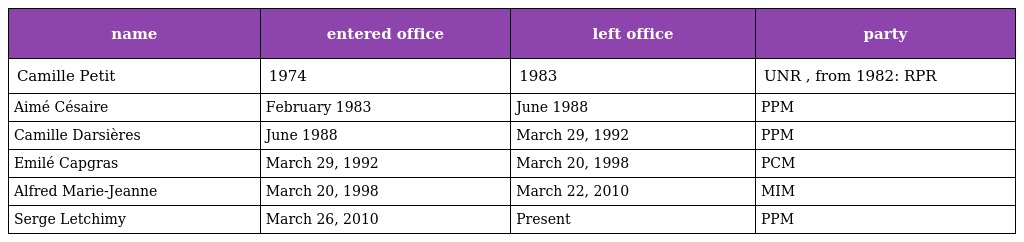
| name | entered office | left office | party |
 | --- | --- | --- | --- |
 | Camille Petit | 1974 | 1983 | UNR , from 1982: RPR |
 | Aimé Césaire | February 1983 | June 1988 | PPM |
 | Camille Darsières | June 1988 | March 29, 1992 | PPM |
 | Emilé Capgras | March 29, 1992 | March 20, 1998 | PCM |
 | Alfred Marie-Jeanne | March 20, 1998 | March 22, 2010 | MIM |
 | Serge Letchimy | March 26, 2010 | Present | PPM |